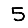
Digit: 5